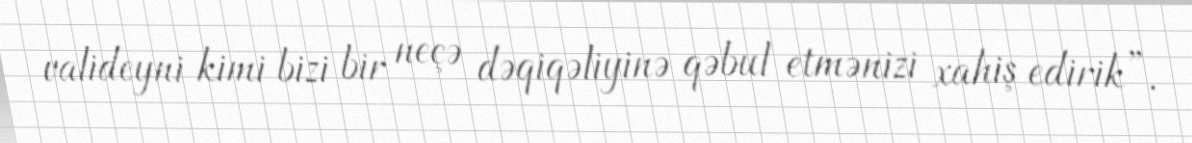
valideyni kimi bizi bir neçə dəqiqəliyinə qəbul etmənizi xahiş edirik”.